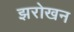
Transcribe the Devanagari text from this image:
झरोखन